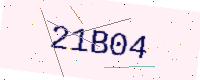
Text: 21B04